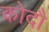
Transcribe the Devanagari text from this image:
कोदौ